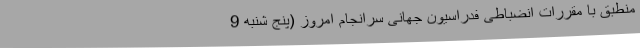
منطبق با مقررات انضباطی فدراسیون جهانی سرانجام امروز (پنج شنبه 9